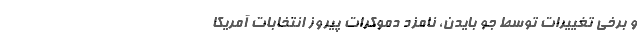
و برخی تغییرات توسط جو بایدن، نامزد دموکرات پیروز انتخابات آمریکا